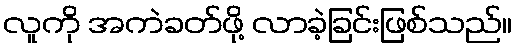
လူကို အကဲခတ်ဖို့ လာခဲ့ခြင်းဖြစ်သည်။